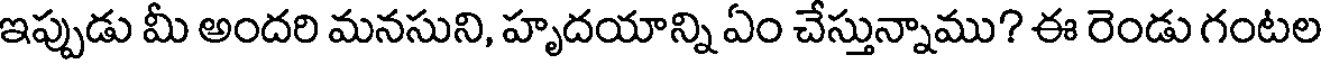
ఇప్పుడు మీ అందరి మనసుని, హృదయాన్ని ఏం చేస్తున్నాము? ఈ రెండు గంటల